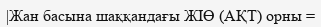
|Жан басына шаққандағы ЖІӨ (АҚТ) орны =